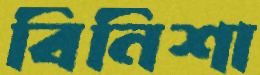
বিনিশা